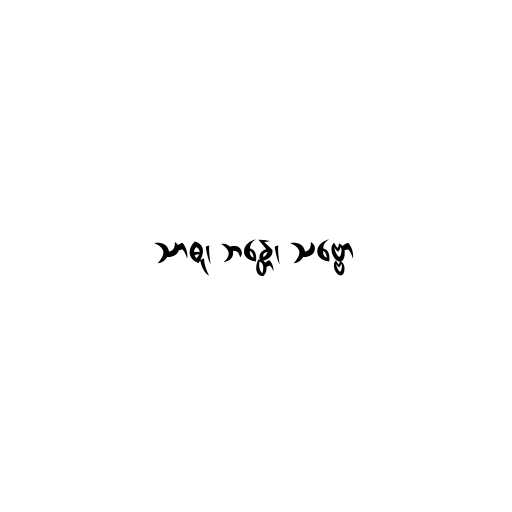
သာဓု၊ ဘန္တေ၊ သဗ္ဗော